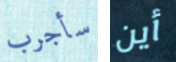
سأجرب أين